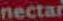
nectar